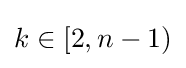
k\in [2,n-1)